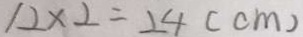
1 2 \times 2 = 2 4 ( c m )